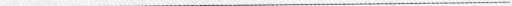
___